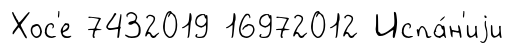
Хос'е 7432019 16972012 Испа́н'иjи